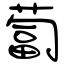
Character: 蔔